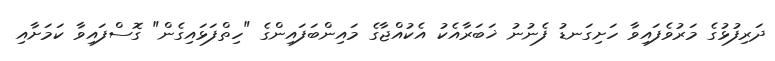
ދަރިފުޅުގެ މަރުވެފައިވާ ހަށިގަނޑު ފެނުނު ޚަބަރާއެކު އެކުއްޖާގެ މައިންބަފައިންގެ "ހިތްފަޅައިގެން" ގޮސްފައިވާ ކަމަށާއި